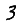
Digit: 3